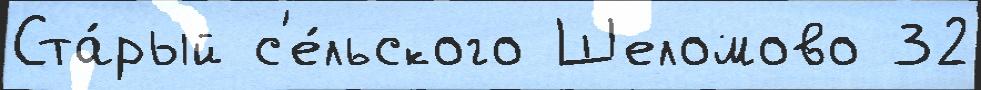
Ста́рый с'е́льского Шеломово 32